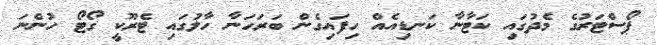
ޕޯސްޓަރުގެ މެދުގައި ކަޓާނާ ކަނޑިއެއް ހިފައިގެން ބަރަހަނާ ހާލުގައި ޓެރޫކީ ގޯޓޯ ހުންނަ